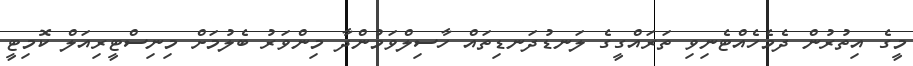
މީގެ އިތުރުން ދެމެހެއްޓެނިވި ތަރައްގީގެ ލަނޑުދަނޑިތައް ހާސިލްވަމުންދާ މިންވަރު ބެލުމަށް މިނިސްޓީރިއަލް ކޮމިޓީ